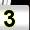
Digit: 3